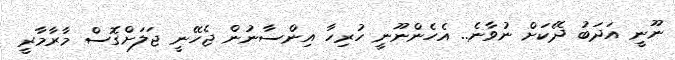
ނޫނީ އަދަބު ދޭކަށް ނުވާނެ.. އެހެންނޫނީ ހުރިހާ އިންސާނުން ޖެހޭނީ ޖަލަށްގޮސް މާރާމާރީ